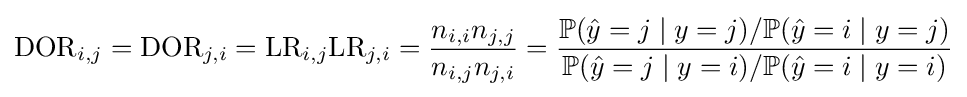
\mathrm {DOR} _{i,j}=\mathrm {DOR} _{j,i}=\mathrm {LR} _{i,j}\mathrm {LR} _{j,i}={\frac {n_{i,i}n_{j,j}}{n_{i,j}n_{j,i}}}={\frac {\mathbb {P} ({\hat {y}}=j\mid y=j)/\mathbb {P} ({\hat {y}}=i\mid y=j)}{\mathbb {P} ({\hat {y}}=j\mid y=i)/\mathbb {P} ({\hat {y}}=i\mid y=i)}}